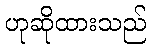
ဟုဆိုထားသည်